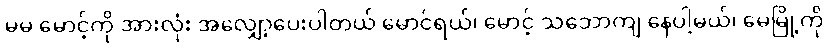
မမ မောင့်ကို အားလုံး အလျှော့ပေးပါတယ် မောင်ရယ်၊ မောင့် သဘောကျ နေပါ့မယ်၊ မေမြို့ကို